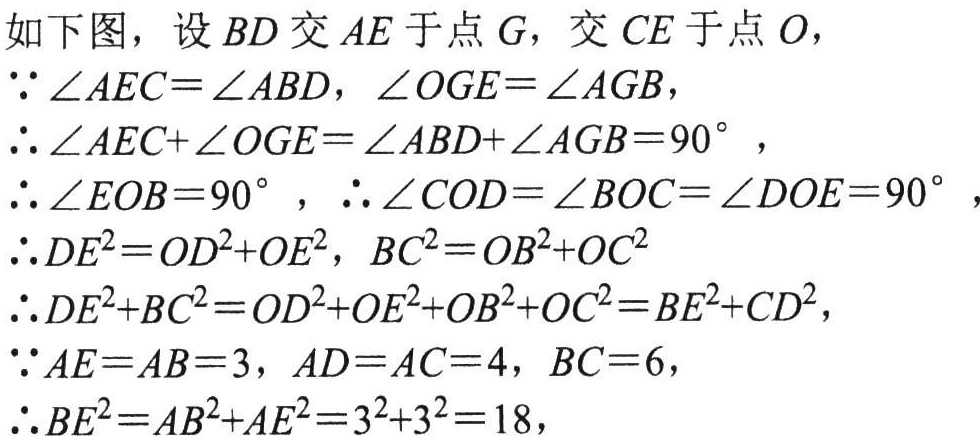
如下图，设\(BD\)交\(AE\)于点\(G\)，交\(CE\)于点\(O\)，
\(\because\angle AEC = \angle ABD\)，\(\angle OGE=\angle AGB\)，
\(\therefore\angle AEC+\angle OGE=\angle ABD + \angle AGB = 90^{\circ}\)，
\(\therefore\angle EOB = 90^{\circ}\)，\(\therefore\angle COD=\angle BOC=\angle DOE = 90^{\circ}\)，
\(\therefore DE^{2}=OD^{2}+OE^{2}\)，\(BC^{2}=OB^{2}+OC^{2}\)
\(\therefore DE^{2}+BC^{2}=OD^{2}+OE^{2}+OB^{2}+OC^{2}=BE^{2}+CD^{2}\)，
\(\because AE = AB = 3\)，\(AD = AC = 4\)，\(BC = 6\)，
\(\therefore BE^{2}=AB^{2}+AE^{2}=3^{2}+3^{2}=18\)，